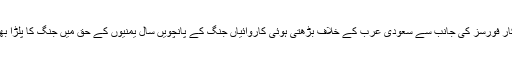
یمن آرمی اور انصاراللہ رضاکار فورسز کی جانب سے سعودی عرب کے خلاف بڑھتی ہوئی کاروائیاں جنگ کے پانچویں سال یمنیوں کے حق میں جنگ کا پلڑا بھاری ہونے کو ظاہر کرتی ہیں۔